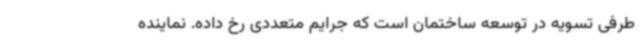
طرفی تسویه در توسعه ساختمان است که جرایم متعددی رخ داده. نماینده